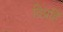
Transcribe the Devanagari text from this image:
विप्रहिं